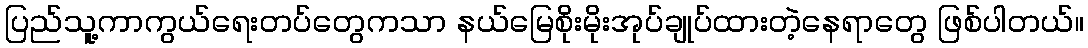
ပြည်သူ့ကာကွယ်ရေးတပ်တွေကသာ နယ်မြေစိုးမိုးအုပ်ချုပ်ထားတဲ့နေရာတွေ ဖြစ်ပါတယ်။